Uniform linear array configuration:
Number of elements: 12
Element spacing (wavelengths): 0.25
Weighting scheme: binomial
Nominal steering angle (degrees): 30
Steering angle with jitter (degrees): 29.516
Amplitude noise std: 0.05
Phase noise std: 0.05

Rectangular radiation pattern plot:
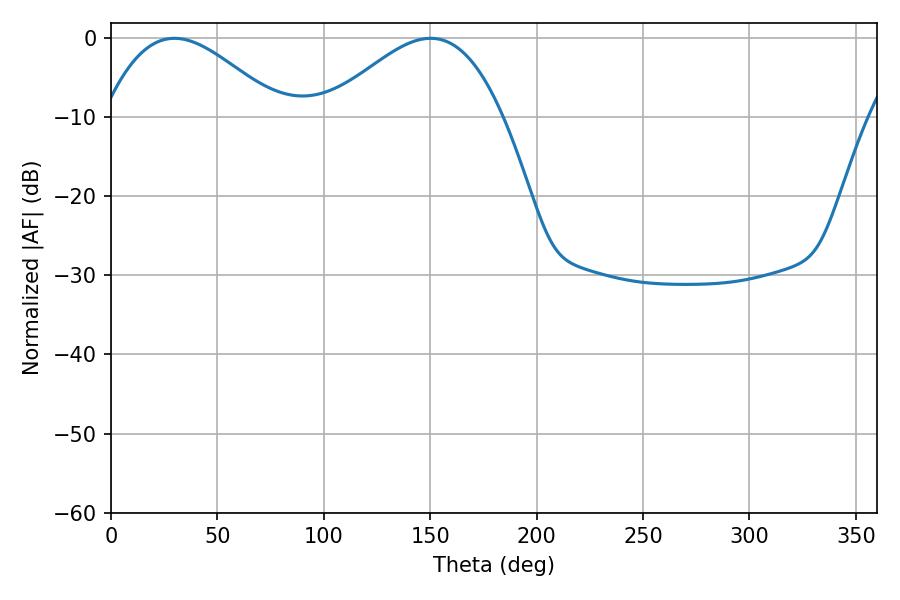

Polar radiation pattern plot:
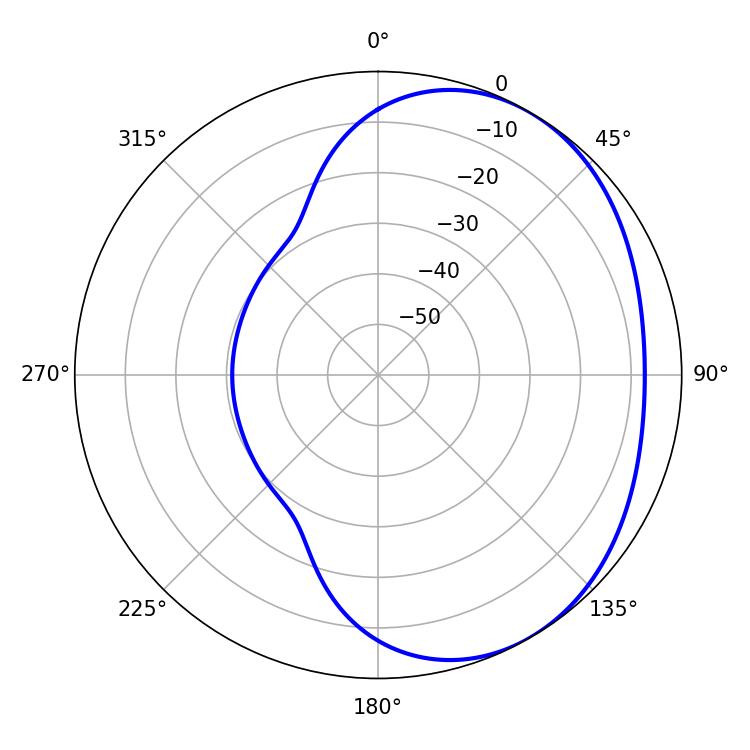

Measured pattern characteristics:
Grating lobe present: FALSE
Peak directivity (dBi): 3.12
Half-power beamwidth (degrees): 44.46
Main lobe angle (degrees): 29.88